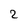
Character: 2